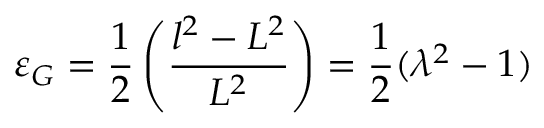
\ \varepsilon _ { G } = { \frac { 1 } { 2 } } \left( { \frac { l ^ { 2 } - L ^ { 2 } } { L ^ { 2 } } } \right) = { \frac { 1 } { 2 } } ( \lambda ^ { 2 } - 1 )